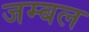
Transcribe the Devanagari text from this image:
जम्‍बल